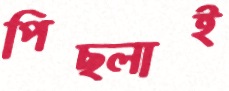
পিছ্‌লাই